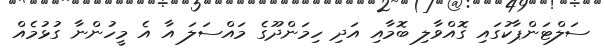
ސަލްޓަންޕާކުގައި ގޮއްވާލި ބޮމާއި އަދި ހިމަންދޫގެ މައްސަލަ އާ އެ މީހުންނާ ގުޅުމެއް